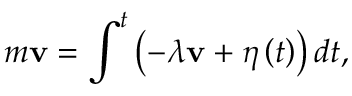
m \mathbf { v } = \int ^ { t } \left( - \lambda \mathbf { v } + { \boldsymbol { \eta } } \left( t \right) \right) d t ,